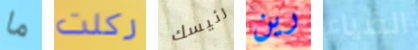
ما ركلت رئيسك رين الضياء